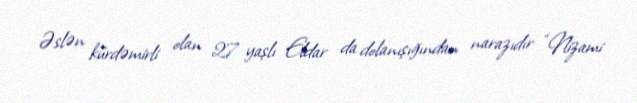
Əslən kürdəmirli olan 27 yaşlı Eldar da dolanışığından narazıdır: “Nizami